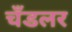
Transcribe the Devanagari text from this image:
चँडलर